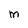
Character: M